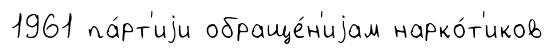
1961 па́рт'иjи обраще́н'иjам нарко́т'иков